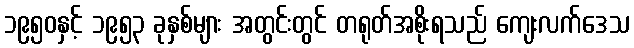
၁၉၅၀နှင့် ၁၉၅၃ ခုနှစ်များ အတွင်းတွင် တရုတ်အစိုးရသည် ကျေးလက်ဒေသ